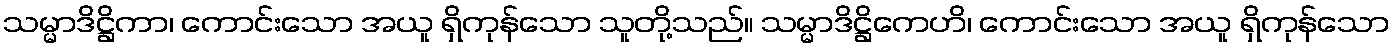
သမ္မာဒိဋ္ဌိကာ၊ ကောင်းသော အယူ ရှိကုန်သော သူတို့သည်။ သမ္မာဒိဋ္ဌိကေဟိ၊ ကောင်းသော အယူ ရှိကုန်သော